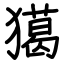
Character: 獦